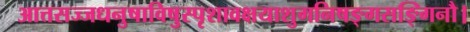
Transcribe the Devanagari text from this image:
आत्तसज्जधनुषाविषुस्पृशावक्षयाशुगनिषङ्गसङ्गिनौ।